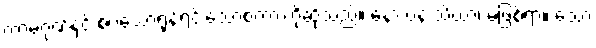
ကာမဂုဏ်နှင့် စပ်သောရုန့်ရင်းသောစကားကိုဆိုသည်။ နော ပန သိယာ၊ မဖြစ်ရာ။ သော